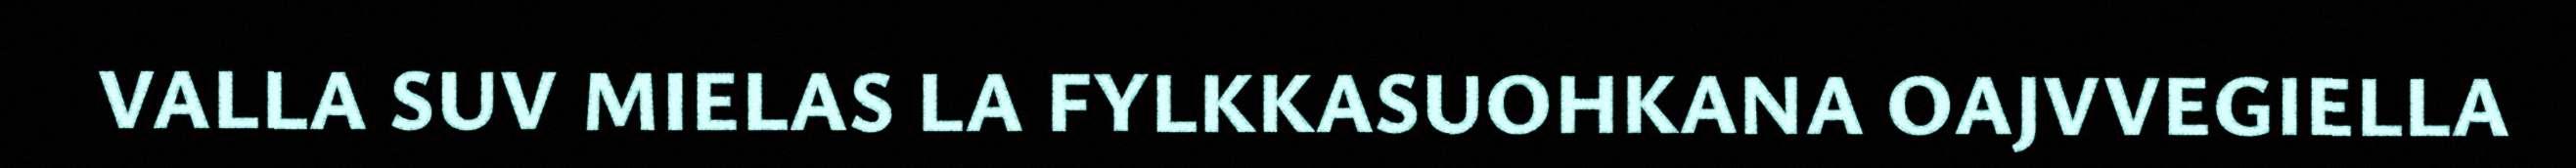
VALLA SUV MIELAS LA FYLKKASUOHKANA OAJVVEGIELLA